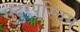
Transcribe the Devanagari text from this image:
सुदुरपस्चिम